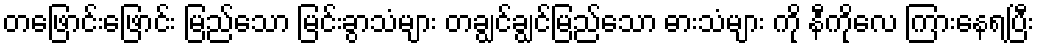
တဖြောင်းဖြောင်း မြည်သော မြင်းခွာသံများ တချွင်ချွင်မြည်သော ဓားသံများ ကို နီကိုလေ ကြားနေရပြီး